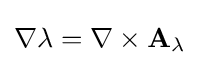
\nabla \lambda =\nabla \times {\mathbf {A} }_{\lambda }